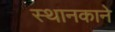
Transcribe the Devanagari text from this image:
स्थानकाने